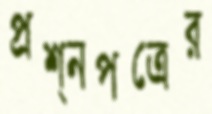
প্রশ্নপত্রের